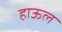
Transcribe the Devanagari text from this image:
हाऊल